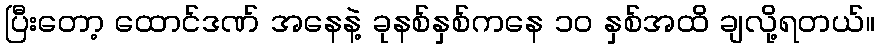
ပြီးတော့ ထောင်ဒဏ် အနေနဲ့ ခုနစ်နှစ်ကနေ ၁၀ နှစ်အထိ ချလို့ရတယ်။